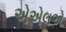
એએલએ